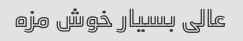
عالی بسیار خوش مزه